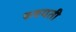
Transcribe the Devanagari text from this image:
रुवयती